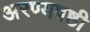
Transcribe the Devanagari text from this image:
अरण्यषष्ठी